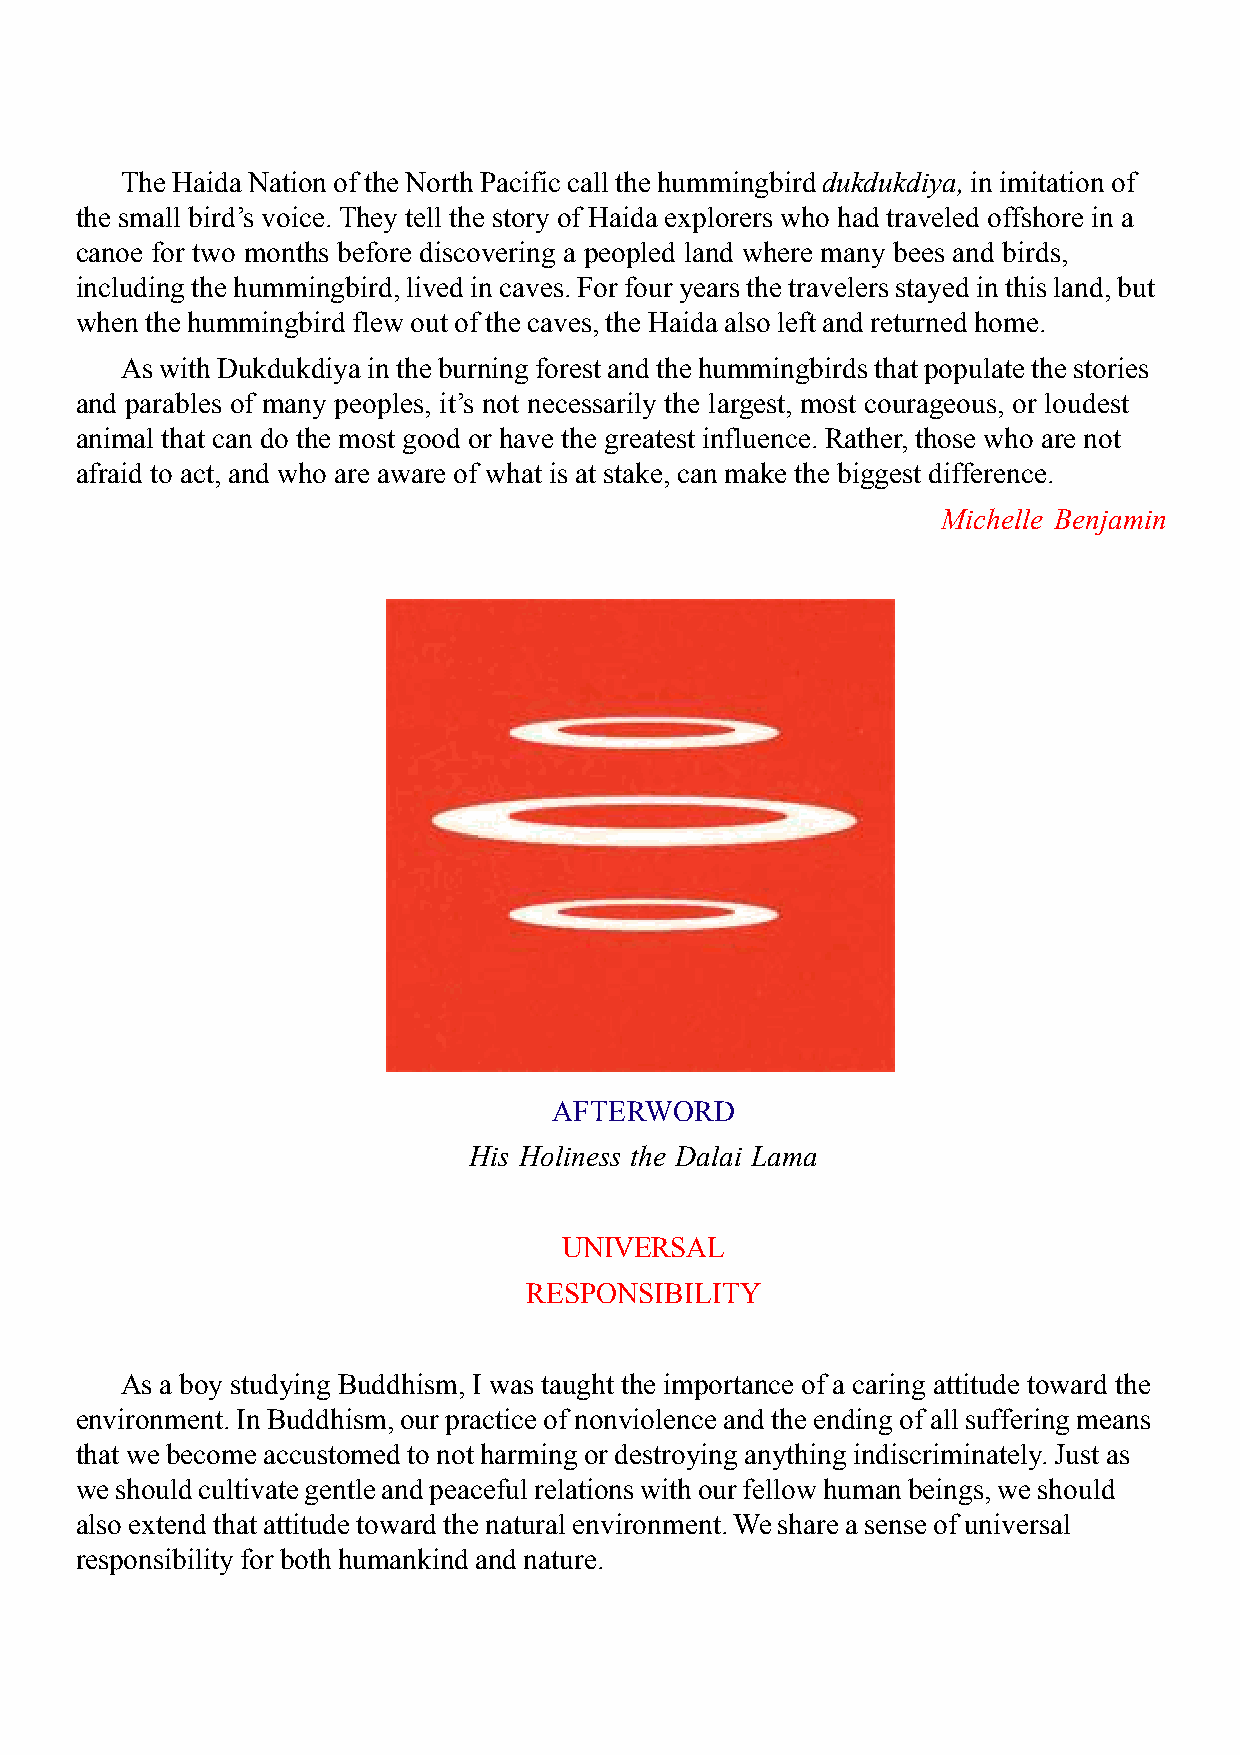
The Haida Nation of the North Pacific call the hummingbird dukdukdiya, in imitation of
 the small bird’s voice. They tell the story of Haida explorers who had traveled offshore in a
 canoe for two months before discovering a peopled land where many bees and birds,
 including the hummingbird, lived in caves. For four years the travelers stayed in this land, but
 when the hummingbird flew out of the caves, the Haida also left and returned home.
 As with Dukdukdiya in the burning forest and the hummingbirds that populate the stories
 and parables of many peoples, it’s not necessarily the largest, most courageous, or loudest
 animal that can do the most good or have the greatest influence. Rather, those who are not
 afraid to act, and who are aware of what is at stake, can make the biggest difference.
 Michelle Benjamin
 AFTERWORD
 His Holiness the Dalai Lama
 UNIVERSAL
 RESPONSIBILITY
 As a boy studying Buddhism, I was taught the importance of a caring attitude toward the
 environment. In Buddhism, our practice of nonviolence and the ending of all suffering means
 that we become accustomed to not harming or destroying anything indiscriminately. Just as
 we should cultivate gentle and peaceful relations with our fellow human beings, we should
 also extend that attitude toward the natural environment. We share a sense of universal
 responsibility for both humankind and nature.